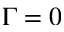
\Gamma = 0